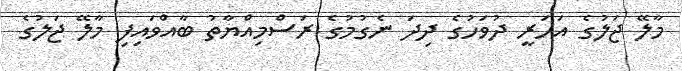
މާލޭ ޖަލުގެ އަހަރީ ދުވަހުގެ ދިދަ ނެގުމުގެ ރަސްމިއްޔާތު ބާއްވައިފި މާލޭ ޖަލުގެ